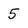
Character: 5